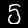
Label: 5